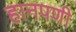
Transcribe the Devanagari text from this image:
हानपणी